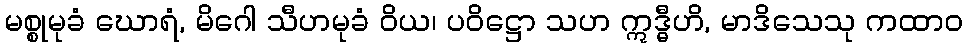
မစ္စုမုခံ ဃောရံ, မိဂေါ သီဟမုခံ ဝိယ၊ ပဝိဋ္ဌော သဟ ဣဒ္ဓီဟိ, မာဒိသေသု ကထာဝ